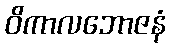
ဝိကာလဘောဇနံ